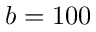
b = 1 0 0